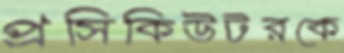
প্রসিকিউটরকে